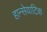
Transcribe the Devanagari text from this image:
हान्सेयाटिक